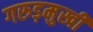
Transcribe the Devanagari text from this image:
गरुड़मुखी